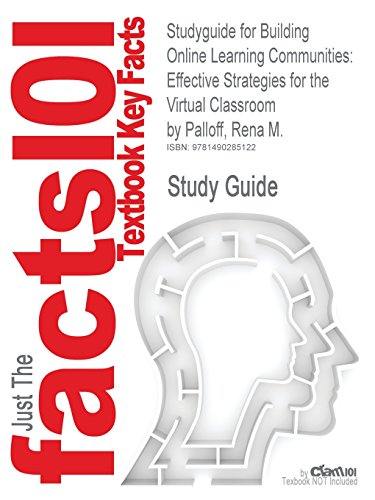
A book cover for Studyguide for Building Online Learning Communities: Effective Strategies for the Virtual Classroom by Palloff, Rena M., ISBN 9780787988258; Cram101 Textbook Reviews; Education & Teaching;